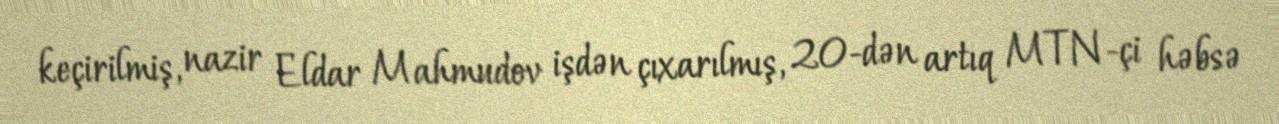
keçirilmiş, nazir Eldar Mahmudov işdən çıxarılmış, 20-dən artıq MTN-çi həbsə